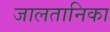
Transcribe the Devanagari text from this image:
जालतानिका